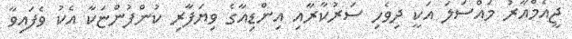
ޖީއެމްއާރު މައްސަލަ އަކީ ދިވެހި ސަރުކާރާއި އިންޑިއާގެ ވިޔަފާރި ކުންފުންޏަކާ އެކު ވެފައިވާ